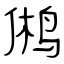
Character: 鸺